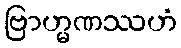
ဗြာဟ္မဏဿဟံ